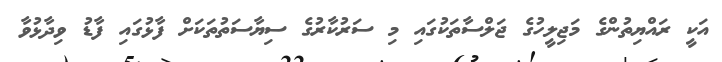
އަކީ ރައްޔިތުންގެ މަޖިލީހުގެ ޖަލްސާތަކުގައި މި ސަރުކާރުގެ ސިޔާސަތުތަކަށް ފާޅުގައި ފާޑު ވިދާޅުވާ